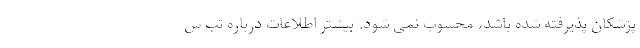
پزشکان پذیرفته شده باشد، محسوب نمی شود. بیشتر اطلاعات درباره تب س